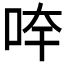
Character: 𱒙